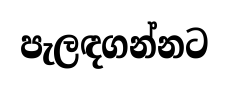
පැලඳගන්නට